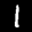
Label: 1